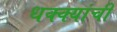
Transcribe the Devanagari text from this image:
धक्क्यांची